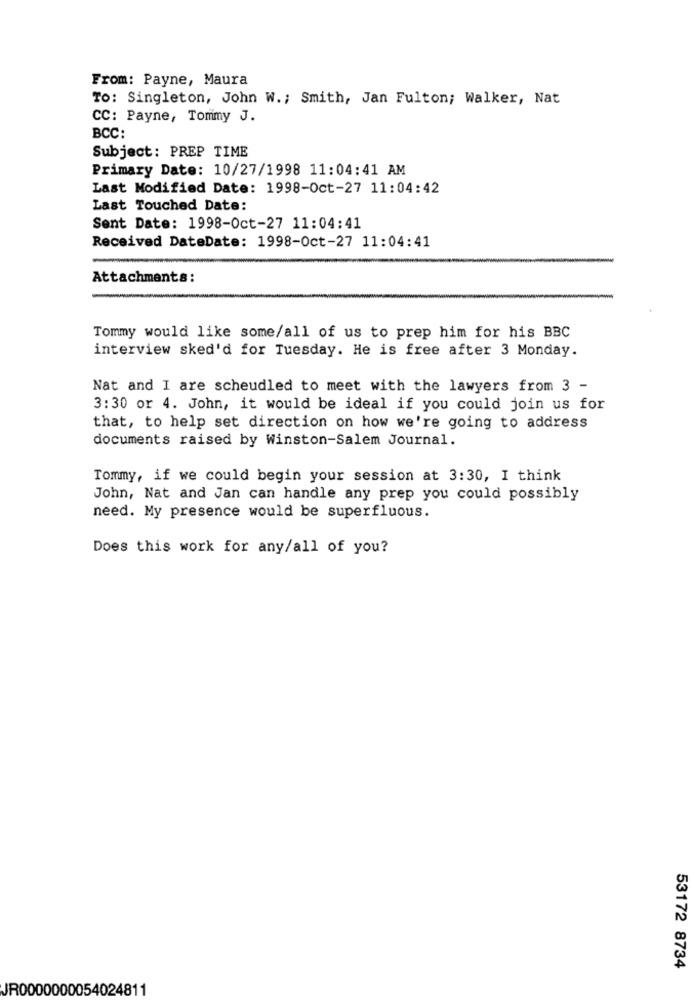
From: Payne, Maura
To: Singleton, John W .; Smith, Jan Fulton; Walker, Nat
CC: Payne, Tommy J.
BCC:
Subject: PREP TIME
Primary Date: 10/27/1998 11:04:41 AM
Last Modified Date: 1998-Oct-27 11:04:42
Last Touched Date:
Sent Date: 1998-Oct-27 11:04:41
Received DateDate: 1998-Oct-27 11:04:41
Attachments:
Tommy would like some/all of us to prep him for his BBC
interview sked'd for Tuesday. He is free after 3 Monday.
Nat and I are scheudled to meet with the lawyers from 3 -
3:30 or 4. John, it would be ideal if you could join us for
that, to help set direction on how we're going to address
documents raised by Winston-Salem Journal.
Tommy, if we could begin your session at 3:30, I think
John, Nat and Jan can handle any prep you could possibly
need. My presence would be superfluous.
Does this work for any/all of you?
53172 8734
JR0000000054024811